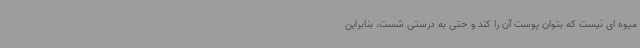
میوه ای نیست که بتوان پوست آن را کند و حتی به درستی شست، بنابراین